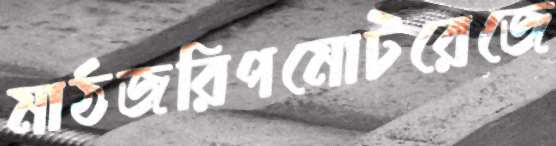
মাঠজরিপমোটরেজে